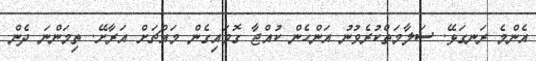
އެންމެ ރަނގަޅޭ. ސަލާމަތްކުރެވުނު އަންހެން ކުއްޖާ ގޮވައިގެން މައްޗަށް އަރާށޭ. ތިމަންނަ ދެން